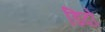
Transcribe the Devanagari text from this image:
डिदो